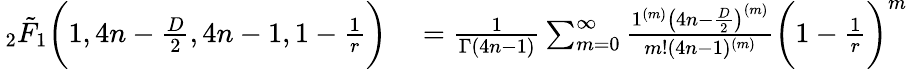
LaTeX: \begin{array}{rl}{\, _{2}\tilde{F}_{1}\bigg(1,4n-\frac{D}{2},4n-1,1-\frac{1}{r}\bigg)}&{{}=\frac{1}{\Gamma(4n-1)}\sum_{m=0}^{\infty}\frac{1^{(m)}\big(4n-\frac{D}{2}\big)^{(m)}}{m!(4n-1)^{(m)}}\bigg(1-\frac{1}{r}\bigg)^{m}}\end{array}